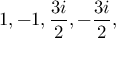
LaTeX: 1 , - 1 , { \frac { 3 i } { 2 } } , - { \frac { 3 i } { 2 } } ,